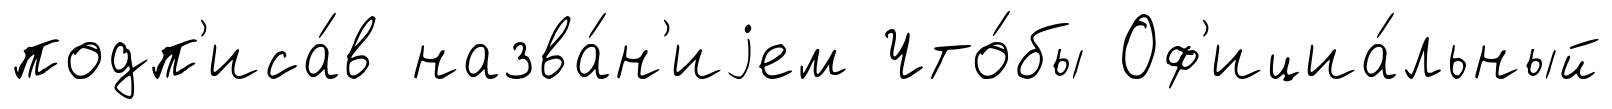
подп'иса́в назва́н'иjем Что́бы Оф'ициа́льный